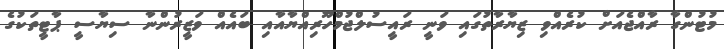
މުޓުންގާ ރާއްޖެއަށް ކުރެއްވި ޒިޔާރާތުގައި ވަނީ ރައީސުލްޖުމްހޫރިއްޔާއާއި ބައެއް ވަޒީރުންނާ ސިޔާސީ ޕާޓީތަކުގެ